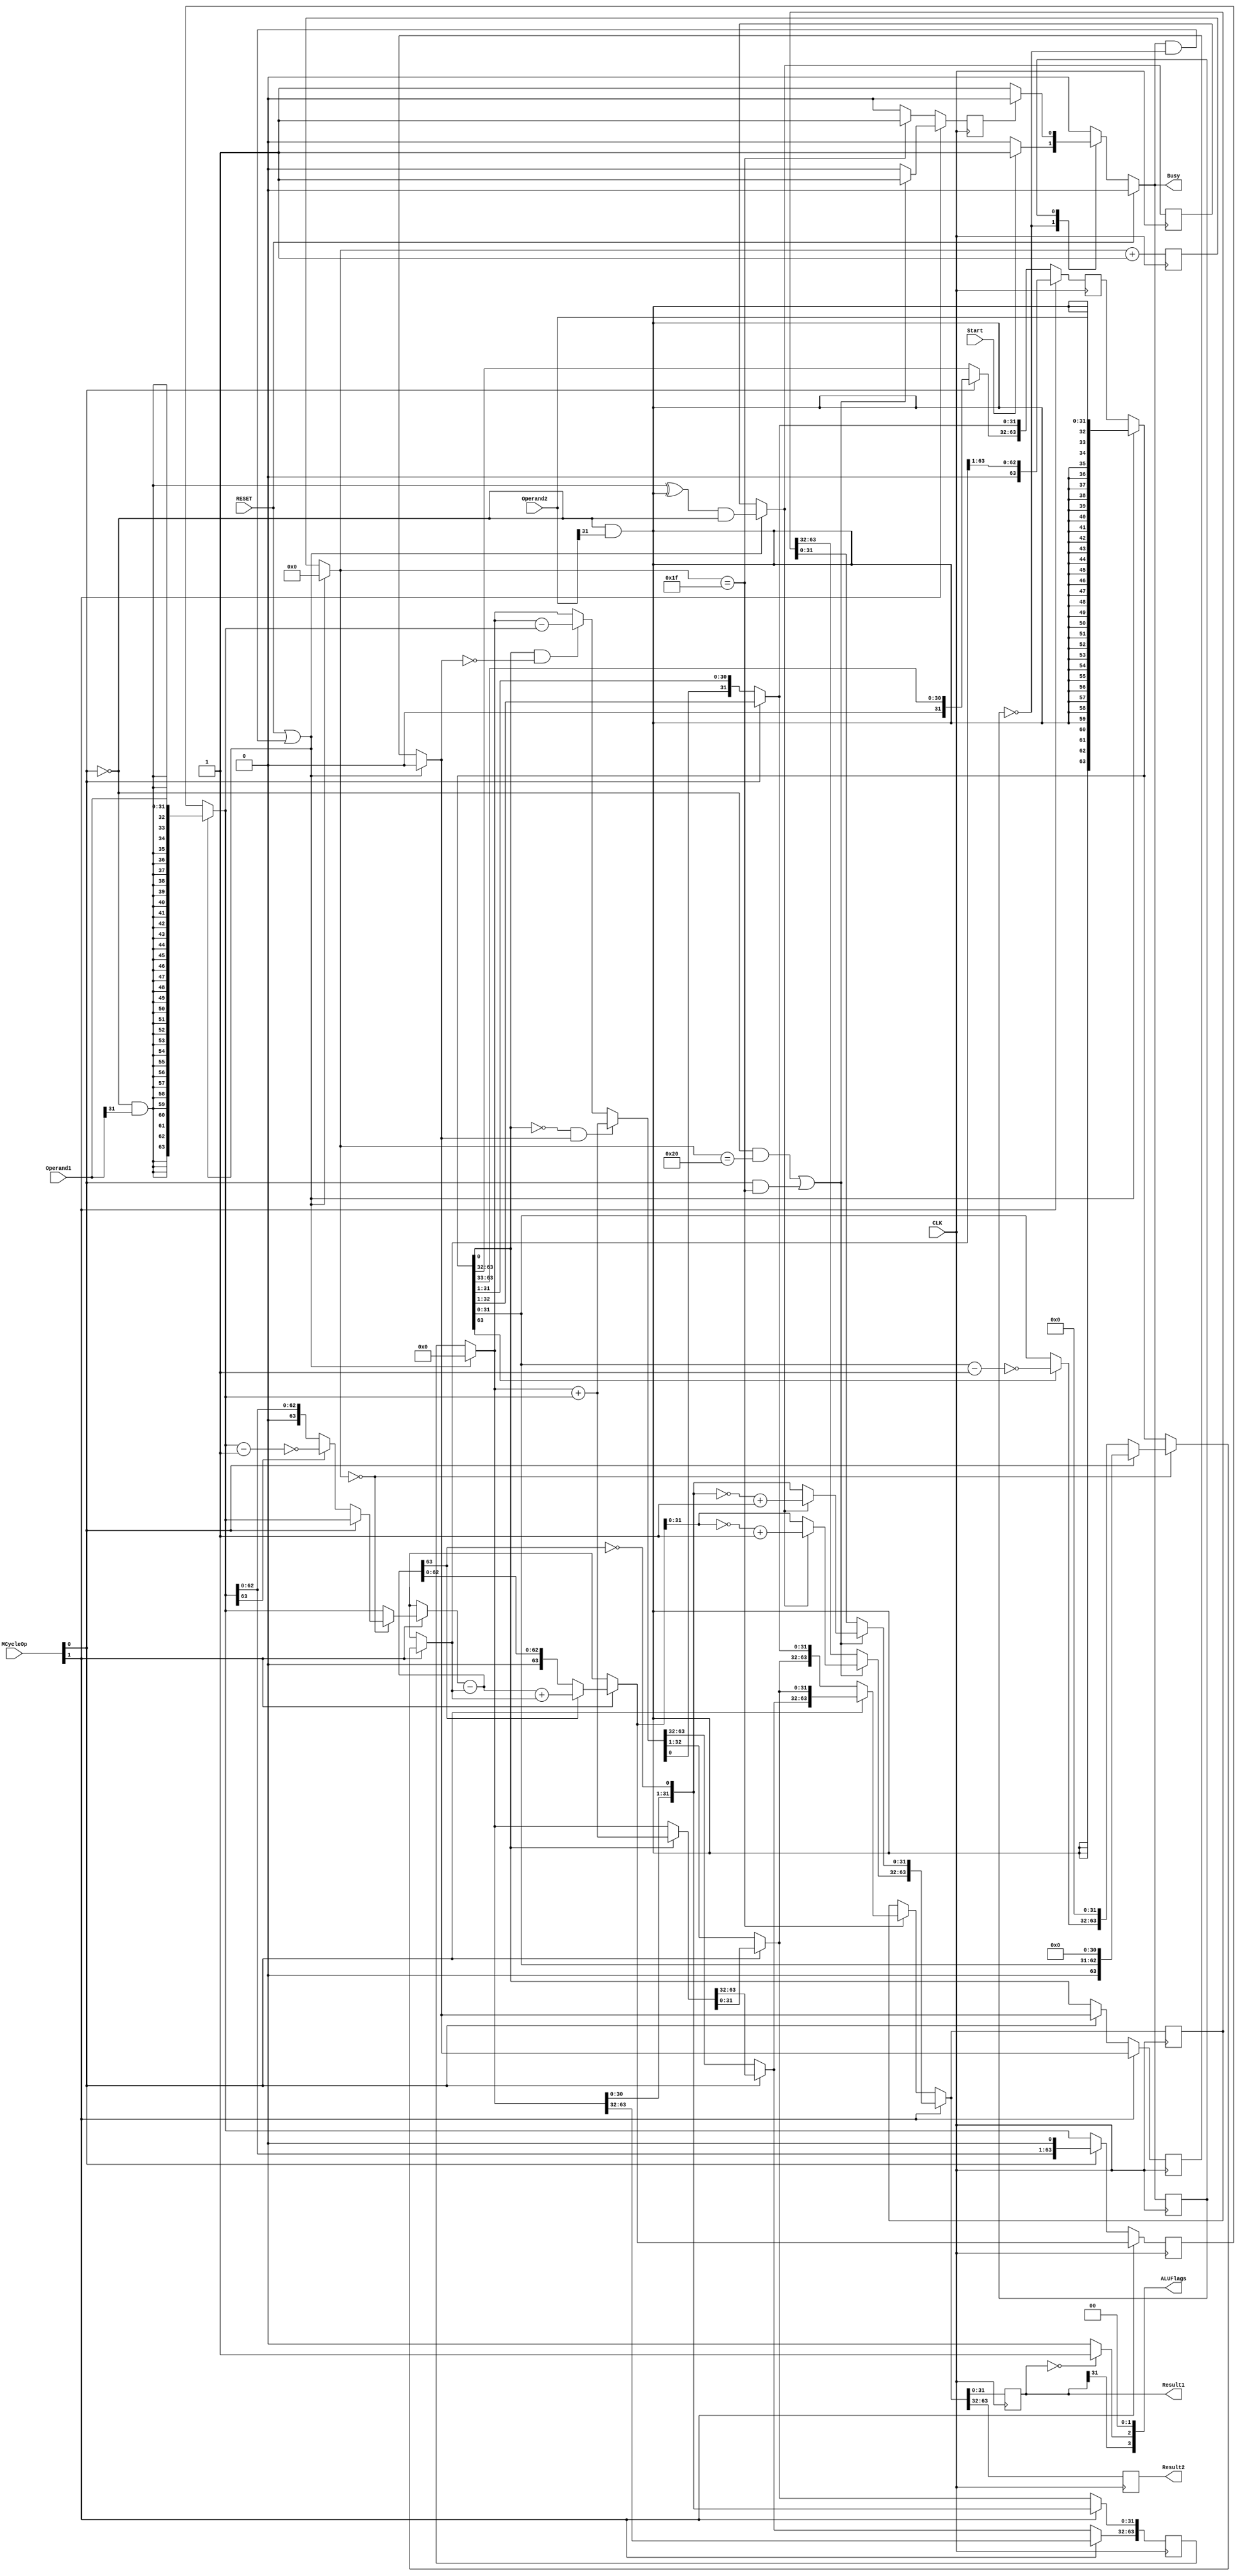
`timescale 1ns / 1ps
//////////////////////////////////////////////////////////////////////////////////
// Company: NUS
// 
// Design Name: 
// Module Name: MCycle
// Project Name: 
// Target Devices: 
// Tool Versions: 
// Description: 
// 
// Dependencies: 
// 
// Revision:
// Revision 0.01 - File Created
// Additional Comments:
// 
//////////////////////////////////////////////////////////////////////////////////
/* 
----------------------------------------------------------------------------------
--	(c) Shahzor Ahmad, Rajesh C Panicker
--	License terms :
--	You are free to use this code as long as you
--		(i) DO NOT post it on any public repository;
--		(ii) use it only for educational purposes;
--		(iii) temp_sumept the responsibility to ensure that your implementation does not violate any intellectual property of ARM Holdings or other entities.
--		(iv) temp_sumept that the program is provided "as is" without warranty of any kind or assurance regarding its suitability for any particular purpose;
--		(v) send an email to rajesh.panicker@ieee.org briefly mentioning its use (except when used for the course CG3207 at the National University of Singapore);
--		(vi) retain this notice in this file or any files derived from this.
----------------------------------------------------------------------------------
*/

module MCycle

    #(parameter width = 32) // Keep this at 4 to verify your algorithms with 4 bit numbers (easier). When using MCycle as a component in ARM, generic map it to 32.
    (
        input CLK,
        input RESET, // Connect this to the reset of the ARM processor.
        input Start, // Multi-cycle Enable. The control unit should assert this when an instruction with a multi-cycle operation is detected.
        input [1:0] MCycleOp, // Multi-cycle Operation. "00" for signed multiplication, "01" for unsigned multiplication, "10" for signed division, "11" for unsigned division. Generated by Control unit
        input [width-1:0] Operand1, // Multiplicand / Dividend
        input [width-1:0] Operand2, // Multiplier / Divisor
        output reg [width-1:0] Result1, // LSW of Product / Quotient
        output reg [width-1:0] Result2, // MSW of Product / Remainder
        output reg Busy, // Set immediately when Start is set. Cleared when the Results become ready. This bit can be used to stall the processor while multi-cycle operations are on.
        output [3:0] ALUFlags
    );
    
// use the Busy signal to reset WE_PC to 0 in ARM.v (aka "freeze" PC). The two signals are complements of each other
// since the IDLE_PROCESS is combinational, instantaneously asserts Busy once Start is asserted
  
    parameter IDLE = 1'b0 ;  // will cause a warning which is ok to ignore - [Synth 8-2507] parameter declaration becomes local in MCycle with formal parameter declaration list...

    parameter COMPUTING = 1'b1 ; // this line will also cause the above warning
    reg state = IDLE ;
    reg n_state = IDLE ;
   
    reg done ;
    reg [7:0] count = 0 ; // assuming no computation takes more than 256 cycles.
    reg [2*width-1:0] temp_sum = 0 ;
    reg [2*width-1:0] shifted_op1 = 0 ;
    reg [2*width-1:0] shifted_op2 = 0 ;
    
    reg sign = 0;
    reg Q_prev;
	reg [2*width:0] temp;
	reg [2 * width - 1:0] acc;
    
    // ALU Flags
    wire N, Z, C, V ;
    
    always@( state, done, Start, RESET ) begin : IDLE_PROCESS  
		// Note : This block uses non-blocking assignments to get around an unpredictable Verilog simulation behaviour.
        // default outputs
        Busy <= 1'b0 ;
        n_state <= IDLE ;
        
        // reset
        if(~RESET)
            case(state)
                IDLE: begin
                    if(Start) begin // note: a mealy machine, since output depends on current state (IDLE) & input (Start)
                        n_state <= COMPUTING ;
                        Busy <= 1'b1 ;
                    end
                end
                COMPUTING: begin
                    if(~done) begin
                        n_state <= COMPUTING ;
                        Busy <= 1'b1 ;
                    end
                end        
            endcase    
    end


    always@( posedge CLK ) begin : STATE_UPDATE_PROCESS // state updating
        state <= n_state ;    
    end
    
    always@( posedge CLK ) begin : COMPUTING_PROCESS // process which does the actual computation
        // n_state == COMPUTING and state == IDLE implies we are just transitioning into COMPUTING
        if( RESET | (n_state == COMPUTING & state == IDLE) ) begin // 2nd condition is true during the very 1st clock cycle of the multiplication
            count = 0 ;
            acc = 0;
            Q_prev = 0;
            shifted_op1 = { {width{~MCycleOp[0] & Operand1[width-1]}}, Operand1 } ; // sign extend the operands  
            shifted_op2 = { {width{~MCycleOp[0] & Operand2[width-1]}}, Operand2 } ;
            
            sign = (shifted_op1[2 * width - 1] ^ shifted_op2[2 * width - 1]) & ~MCycleOp[0]; 
        end
        done <= 1'b0 ;
        if(~MCycleOp[1]) begin // Multiply
            // if( ~MCycleOp[0] ), takes 2*'width' cycles to execute, returns signed(Operand1)*signed(Operand2)
            // if( MCycleOp[0] ), takes 'width' cycles to execute, returns unsigned(Operand1)*unsigned(Operand2)
            if( ~MCycleOp[0] ) begin
                if (~shifted_op2[0] & Q_prev) begin
                    acc = acc + shifted_op1;
				end else if (shifted_op2[0] & ~Q_prev) begin
				    acc = acc - shifted_op1;								
			    end
				Q_prev = shifted_op2[0];
			    shifted_op2[width - 1:0] = {acc[0], shifted_op2[width - 1:1]};
			    acc[width - 1:0] = {acc[width], acc[width - 1:1]};
            end else begin
                if( shifted_op2[0] ) // add only if b0 = 1
                    acc = acc + shifted_op1 ; // partial product for multiplication
                
                shifted_op2 = {1'b0, shifted_op2[2*width-1 : 1]} ;
                shifted_op1 = {shifted_op1[2*width-2 : 0], 1'b0} ;    
            end
            if(count == width-1) begin// last cycle?
                done <= 1'b1 ;
                temp_sum = (MCycleOp[0]) ? acc : { acc[width - 1:0], shifted_op2[width - 1:0] };   
            end
        end
        else if (MCycleOp[1]) begin // Supposed to be Divide. The dummy code below takes 1 cycle to execute, just returns the operands. Change this to signed [ if(~MCycleOp[0]) ] and unsigned [ if(MCycleOp[0]) ] division.
            if (count == 0) begin
                if (MCycleOp[0]) begin
                    shifted_op2 = { 1'b0, shifted_op2[width -1:0], {(width - 1){1'b0}} };
                end else begin
                    shifted_op1 = (shifted_op1[2 * width - 1]) ? ~(shifted_op1 - 1) : shifted_op1;
                    shifted_op2 = (shifted_op2[2 * width - 1]) ? ~(shifted_op2 - 1) : shifted_op2;
                    shifted_op2 = { shifted_op2[width - 1:0], {(width){1'b0}} };
                end
            end
            //Subtract the Operand2 register from the Remainder register.
            shifted_op1 = shifted_op1 - shifted_op2;
            acc[width - 1:0] = {acc[width - 2:0], ~shifted_op1[2 * width - 1]};
            if (shifted_op1[2 * width - 1])
                shifted_op1 = shifted_op1 + shifted_op2;
            //Shift Operand2 register right 1 bit
            shifted_op2 = {1'b0, shifted_op2[2 * width - 1:1]};
            
            if ((~MCycleOp[0] & (count == width)) |  (MCycleOp[0] & (count == width - 1))) begin
                done <= 1'b1;
                temp_sum[2 * width - 1:width] = (sign) ? ~shifted_op1[width - 1:0] + 1  : shifted_op1[width - 1:0];
                temp_sum[width - 1:0] = (sign) ? ~acc[width - 1:0] + 1  : acc[width - 1:0];
            end
        end
        
         count = count + 1;
         
        Result2 <= temp_sum[2*width-1 : width] ;
        Result1 <= temp_sum[width-1 : 0] ;
    end
   
   assign N = Result1[width - 1];
   assign Z = (Result1 == 0) ? 1 : 0;
   assign C = 0;
   assign V = 0;
   
   assign ALUFlags = {N, Z, C, V} ;

endmodule